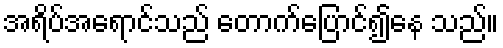
အရိပ်အရောင်သည် တောက်ပြောင်၍နေ သည်။